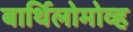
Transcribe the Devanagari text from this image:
बार्थिलोमोव्ह